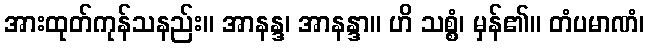
အားထုတ်ကုန်သနည်း။ အာနန္ဒ၊ အာနန္ဒာ။ ဟိ သစ္စံ၊ မှန်၏။ တံပမာဏံ၊